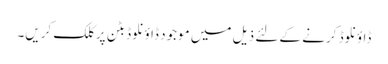
ڈاؤنلوڈ کرنے کے لئے ذیل میں موجود ڈاؤنلوڈ بٹن پر کلک کریں۔